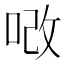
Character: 𠳚